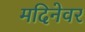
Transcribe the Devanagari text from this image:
मदिनेवर